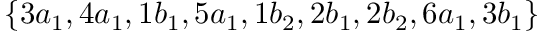
\{ 3 a _ { 1 } , 4 a _ { 1 } , 1 b _ { 1 } , 5 a _ { 1 } , 1 b _ { 2 } , 2 b _ { 1 } , 2 b _ { 2 } , 6 a _ { 1 } , 3 b _ { 1 } \}